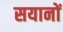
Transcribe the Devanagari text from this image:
सयानों